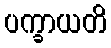
ပက္ခာယတိ